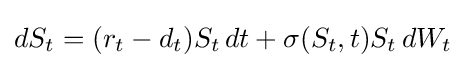
dS_{t}=(r_{t}-d_{t})S_{t}\,dt+\sigma (S_{t},t)S_{t}\,dW_{t}